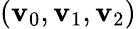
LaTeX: (\mathbf{v}_{0},\mathbf{v}_{1},\mathbf{v}_{2})